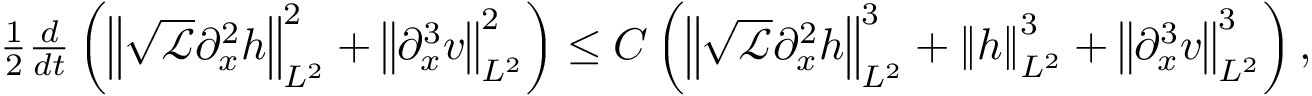
\begin{array} { r } { \frac { 1 } { 2 } \frac { d } { d t } \left( \left\| \sqrt { \mathscr { L } } \partial _ { x } ^ { 2 } h \right\| _ { L ^ { 2 } } ^ { 2 } + \left\| \partial _ { x } ^ { 3 } v \right\| _ { L ^ { 2 } } ^ { 2 } \right) \leq C \left( \left\| \sqrt { \mathscr { L } } \partial _ { x } ^ { 2 } h \right\| _ { L ^ { 2 } } ^ { 3 } + \left\| h \right\| _ { L ^ { 2 } } ^ { 3 } + \left\| \partial _ { x } ^ { 3 } v \right\| _ { L ^ { 2 } } ^ { 3 } \right) , } \end{array}